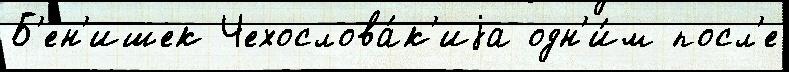
Б'ен'ишек Чехослова́к'иjа одн'и́м посл'е